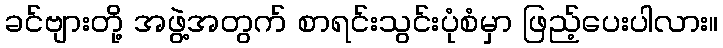
ခင်ဗျားတို့ အဖွဲ့အတွက် စာရင်းသွင်းပုံစံမှာ ဖြည့်ပေးပါလား။